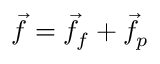
\Vec { f } = \Vec { f } _ { f } + \Vec { f } _ { p }